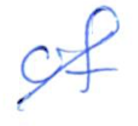
Text: of
Cross-out: diagonal
Writing tool: ballpoint